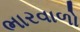
ભારવાળો